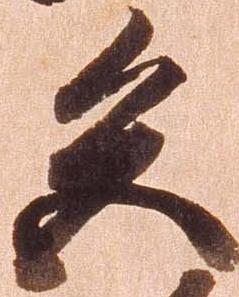
色